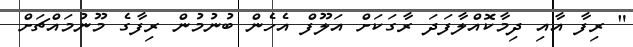
" ރިފާ އާއި ދިމާކޮއްލާފަދަ ރާގަކަށް އަލޫފް އެހެން ބުނުމުން ރިފާގެ މޫނުމައްޗަށް